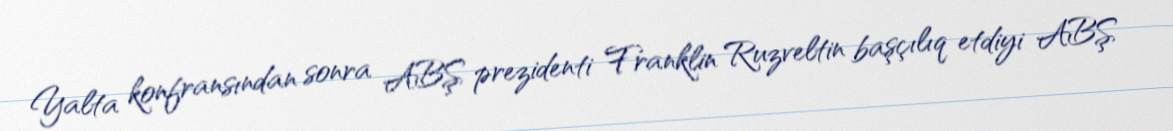
Yalta konfransından sonra ABŞ prezidenti Franklin Ruzveltin başçılıq etdiyi ABŞ